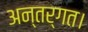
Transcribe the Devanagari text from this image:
अन्तर्गत।